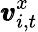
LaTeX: \pmb{v}_{i,t}^{x}